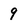
Character: 9